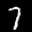
Digit: 7